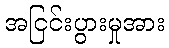
အငြင်းပွားမှုအား